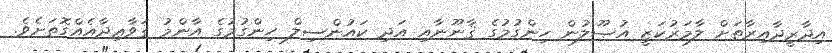
އިދާރީދާއިރާތަށް ލާމަރުކަޒީ އުޞޫލުން ހިންގުމުގެ ޤާނޫނާއި އަދި ކައުންސިލް ހިންގުމުގެ އާންމު ޤަވާޢިދާއެއްގޮތަށެވެ.